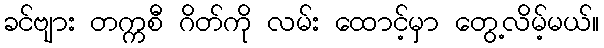
ခင်ဗျား တက္ကစီ ဂိတ်ကို လမ်း ထောင့်မှာ တွေ့လိမ့်မယ်။